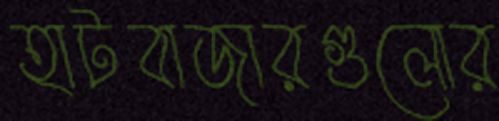
হাটবাজারগুলোর